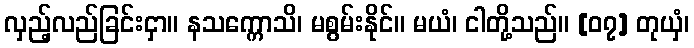
လှည့်လည်ခြင်းငှာ။ နသက္ကောသိ၊ မစွမ်းနိုင်။ မယံ၊ ငါတို့သည်။ [၀၇] တုယှံ၊